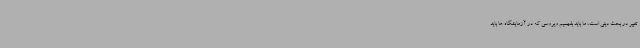
تغییر در بحث دینی است، ما باید بفهمیم ویروسی که در آزمایشگاه ها باید